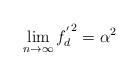
LaTeX: \begin{align*}\lim_{n\rightarrow\infty} {f_d^{'}}^2=\alpha^2\end{align*}